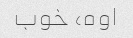
اوه، خوب